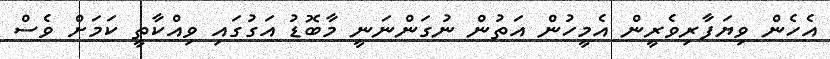
އެހެން ވިޔަފާރިވެރީން އެމީހުން އަތުން ނުގަންނަނީ މާބޮޑު އަގުގައި ވިއްކާތީ ކަމަށް ވެސް